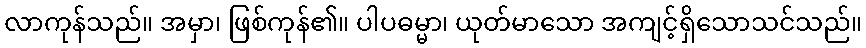
လာကုန်သည်။ အမှာ၊ ဖြစ်ကုန်၏။ ပါပဓမ္မာ၊ ယုတ်မာသော အကျင့်ရှိသောသင်သည်။